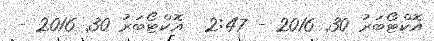
އޮކްޓޯބަރު 30